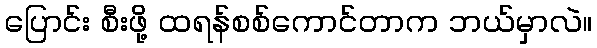
ပြောင်း စီးဖို့ ထရန်စစ်ကောင်တာက ဘယ်မှာလဲ။